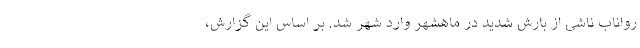
رواناب ناشی از بارش شدید در ماهشهر وارد شهر شد. بر اساس این گزارش،